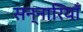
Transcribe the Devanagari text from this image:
सन्नारियाँ